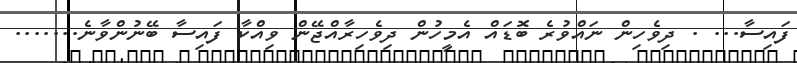
ފައިސާ... . ދިވެހިން ނައްވުރެ ބޮޑައް އެމީހުން ދިވެހިރާއްޖޭން ވިއްކާ ފައިސާ ބޭނުންވާނެ.......